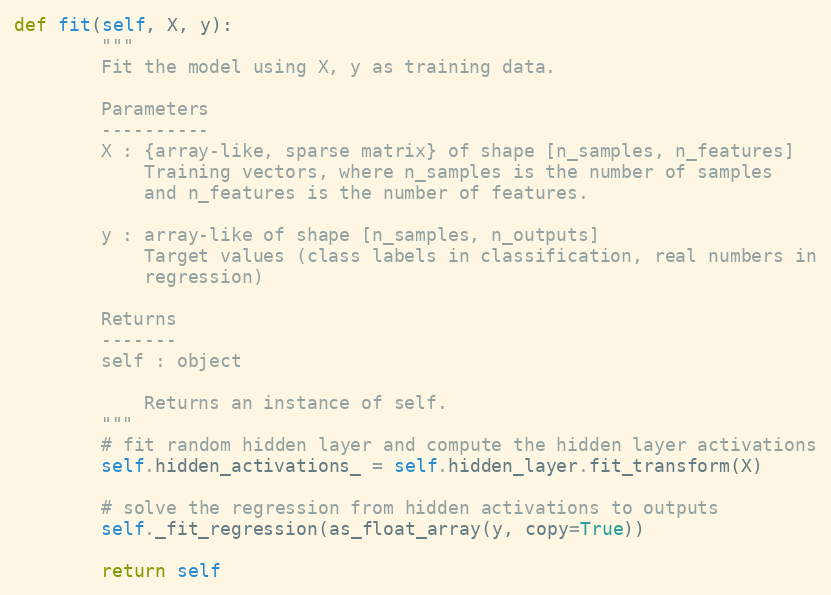
Language: Python
def fit(self, X, y):
        """
        Fit the model using X, y as training data.

        Parameters
        ----------
        X : {array-like, sparse matrix} of shape [n_samples, n_features]
            Training vectors, where n_samples is the number of samples
            and n_features is the number of features.

        y : array-like of shape [n_samples, n_outputs]
            Target values (class labels in classification, real numbers in
            regression)

        Returns
        -------
        self : object

            Returns an instance of self.
        """
        # fit random hidden layer and compute the hidden layer activations
        self.hidden_activations_ = self.hidden_layer.fit_transform(X)

        # solve the regression from hidden activations to outputs
        self._fit_regression(as_float_array(y, copy=True))

        return self